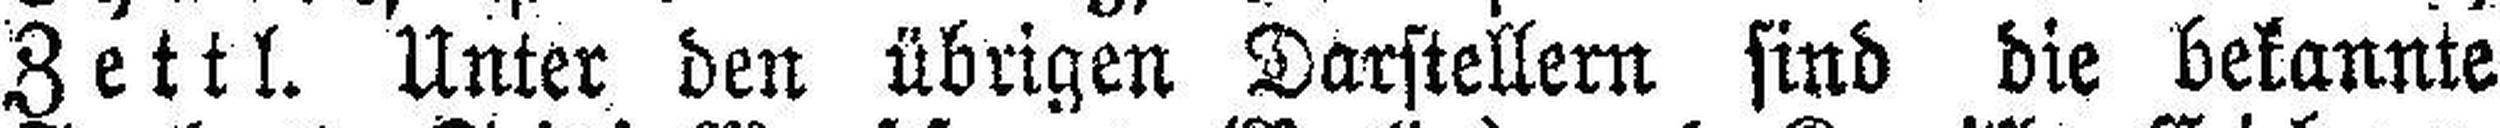
Zettl. Unter den übrigen Darstellern sind die bekannte